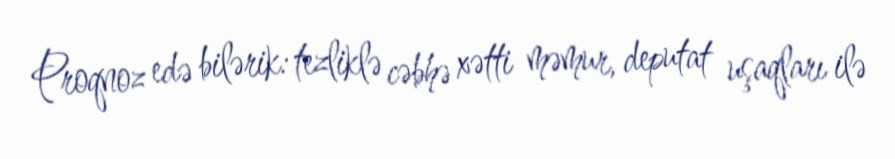
Proqnoz edə bilərik: tezliklə cəbhə xətti məmur, deputat uşaqları ilə